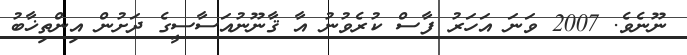
ނޫނެވެ. 2007 ވަނަ އަހަރު ފާސް ކުރެވުނު އާ ޤާނޫނުއަސާސީގެ ދަށުން އިންތިޚާބު